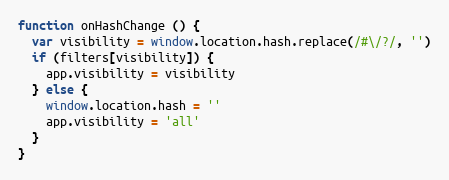
Language: JavaScript
function onHashChange () {
  var visibility = window.location.hash.replace(/#\/?/, '')
  if (filters[visibility]) {
    app.visibility = visibility
  } else {
    window.location.hash = ''
    app.visibility = 'all'
  }
}